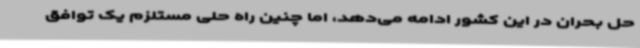
حل بحران در این کشور ادامه می‌دهد، اما چنین راه حلی مستلزم یک توافق